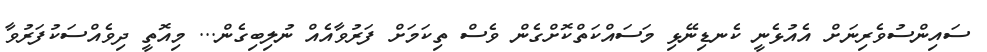
ސައިންސުވެރިނަށް އެއުޅެނީ ކެނޑިނޭޅި މަސައްކަތްކޮށްގެން ވެސް ތިކަމަށް ފަރުވާއެއް ނުލިބިގެން... މިއޮތީ ދިވެއްސަކުފަރުވާ